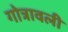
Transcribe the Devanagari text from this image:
गोत्रावली